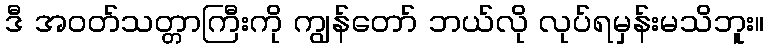
ဒီ အဝတ်သတ္တာကြီးကို ကျွန်တော် ဘယ်လို လုပ်ရမှန်းမသိဘူး။